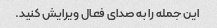
این جمله را به صدای فعال ویرایش کنید.